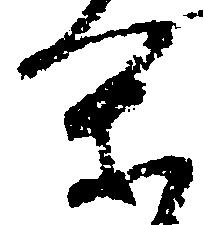
閑